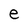
Character: e